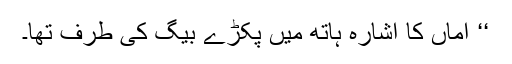
‘‘ اماں کا اشارہ ہاتھ میں پکڑے بیگ کی طرف تھا۔